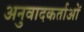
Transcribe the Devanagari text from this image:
अनुवादकर्ताओं